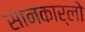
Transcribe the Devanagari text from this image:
सानकार्लो